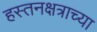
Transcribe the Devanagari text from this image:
हस्तनक्षत्राच्या